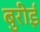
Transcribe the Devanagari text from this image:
बुरीई